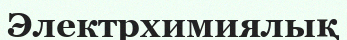
Электрхимиялық